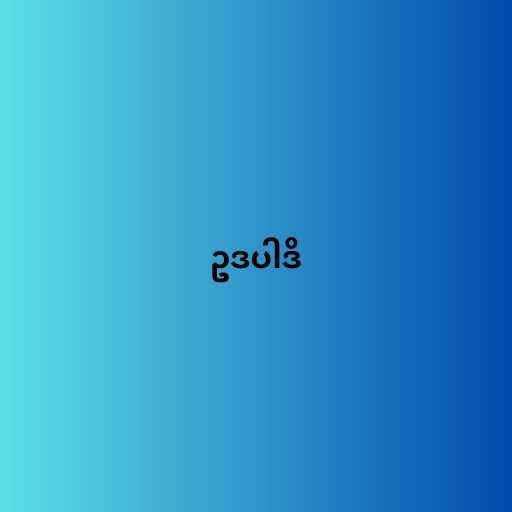
ဥဒပါဒိ